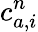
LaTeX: c_{a,i}^{n}